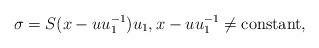
LaTeX: \begin{align*}\sigma=S(x-uu_1^{-1})u_1, x-uu_1^{-1}\neq \mbox{constant,}\end{align*}